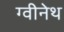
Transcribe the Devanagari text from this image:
ग्वीनेथ